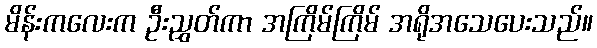
မိန်းကလေးက ဦးညွှတ်ကာ အကြိမ်ကြိမ် အရိုအသေပေးသည်။